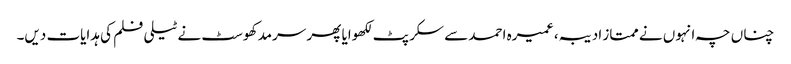
چناں چہ انہوں نے ممتاز ادیبہ، عمیرہ احمد سے سکرپٹ لکھوایا پھر سرمد کھوسٹ نے ٹیلی فلم کی ہدایات دیں۔